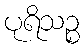
ပုရိသဉ္စ